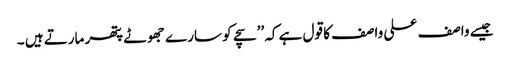
جیسے واصف علی واصف کا قول ہے کہ ’’سچے کو سارے جھوٹے پتھر مارتے ہیں ۔